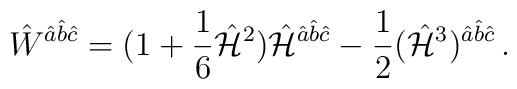
\hat{W}^{\hat{a}\hat{b}\hat{c}} = (1+{1\over 6} \hat{\cal H}^2)\hat{\cal H}^{\hat{a}\hat{b}\hat{c}} - {1\over 2}(\hat{\cal H}^3)^{\hat{a}\hat{b}\hat{c}} \, .